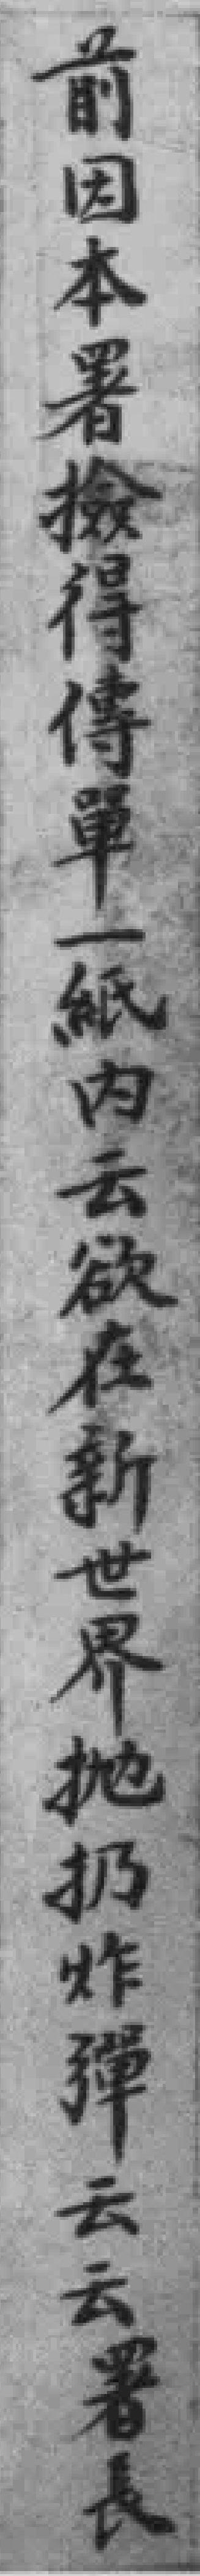
前因本署檢得傳單一紙内云欲在新世界抛扔炸彈云云署長